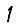
Digit: 1